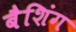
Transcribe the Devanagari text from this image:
बैशिंग